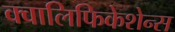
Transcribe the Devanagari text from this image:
क्वालिफिकेशेन्स